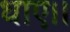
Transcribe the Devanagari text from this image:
धाए।।